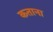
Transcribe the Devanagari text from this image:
कताना